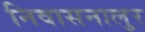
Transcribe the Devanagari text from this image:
निवासनालुर